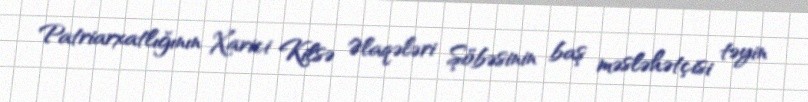
Patriarxatlığının Xarici Kilsə Əlaqələri Şöbəsinin baş məsləhətçisi təyin